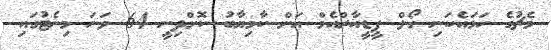
މެޗުގެ ހަމައެކަނި ގޯލް ޕީޑީއާރްއެމް އަށް ކާމިޔާބު ކޮށްދިނީ 64 ވަނަ މިނެޓުގައި